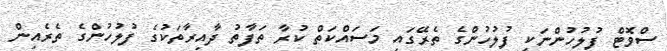
ސްވޮޓް ފުލުހުންނަކީ ފުލުހުންގެ ތެރޭގައި މަސައްކަތް ކުރާ ތަފާތު ދާއިރާތަކުގެ ފުލުހުންގެ ތެރެއިން